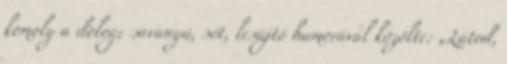
komoly a dolog; savanyú, sőt, le­sújtó humorával közölte: „Látod,